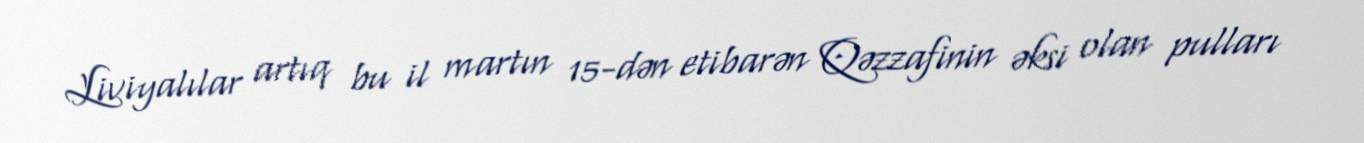
Liviyalılar artıq bu il martın 15-dən etibarən Qəzzafinin əksi olan pulları